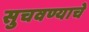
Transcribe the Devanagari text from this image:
सुचवण्याचे